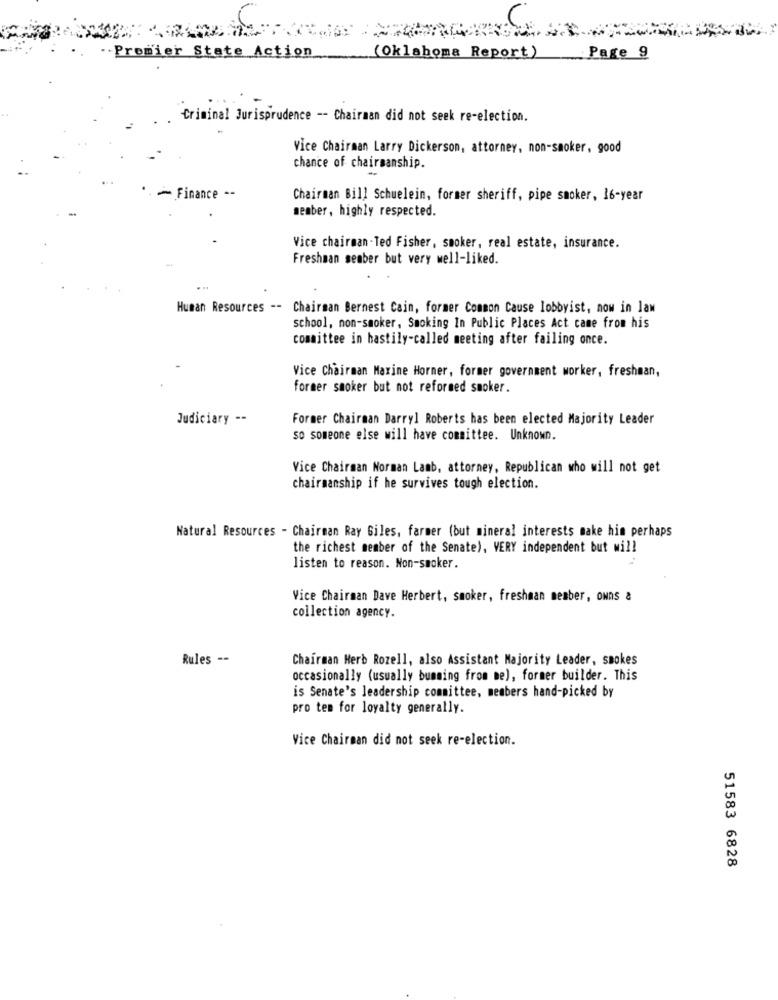
Premier State Action
(Oklahoma Report)
Page 9
Criminal Jurisprudence -- Chairman did not seek re-election.
Vice Chairman Larry Dickerson, attorney, non-smoker, good
chance of chairmanship.
- Finance --
Chairman Bill Schuelein, former sheriff, pipe smoker, 16-year
member, highly respected.
Vice chairman-Ted Fisher, smoker, real estate, insurance.
Freshman sember but very well-liked.
Human Resources -- Chairman Bernest Cain, former Common Cause lobbyist, now in law
school, non-smoker, Smoking In Public Places Act came from his
committee in hastily-called meeting after failing once.
Vice Chairman Marine Horner, former government worker, freshman,
former smoker but not reformed smoker.
Judiciary --
Former Chairman Darryl Roberts has been elected Majority Leader
so someone else will have committee. Unknown.
Vice Chairman Norman Lamb, attorney, Republican who will not get
chairmanship if he survives tough election.
Natural Resources - Chairman Ray Giles, farmer (but mineral interests make him perhaps
the richest member of the Senate), VERY independent but will
listen to reason. Non-smoker.
Vice Chairman Dave Herbert, smoker, freshman member, owns &
collection agency.
Rules --
Chairman Herb Rozell, also Assistant Majority Leader, smokes
occasionally (usually bumming from me), former builder. This
is Senate's leadership committee, members hand-picked by
pro tem for loyalty generally.
Vice Chairman did not seek re-election.
51583 6828